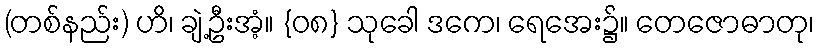
(တစ်နည်း) ဟိ၊ ချဲ့ဦးအံ့။ {၀၈} သုခေါ ဒကေ၊ ရေအေး၌။ တေဇောဓာတု၊